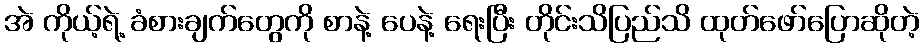
အဲ ကိုယ့်ရဲ့ ခံစားချက်တွေကို စာနဲ့ ပေနဲ့ ရေးပြီး တိုင်းသိပြည်သိ ထုတ်ဖော်ပြောဆိုတဲ့